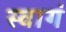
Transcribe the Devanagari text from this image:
स्वागं